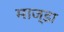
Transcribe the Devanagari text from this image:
माज्डा